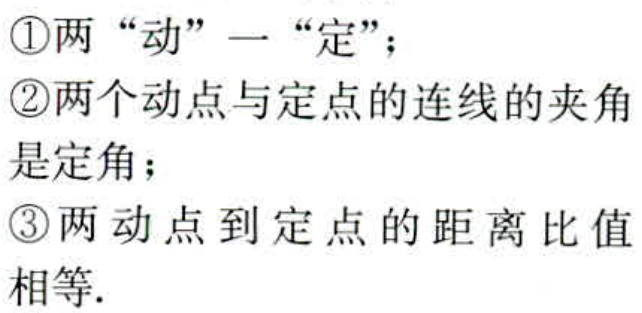
\textcircled{1}两 “动” 一 “定”；
\textcircled{2}两个动点与定点的连线的夹角是定角；
\textcircled{3}两动点到定点的距离比值相等.